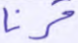
قرنا